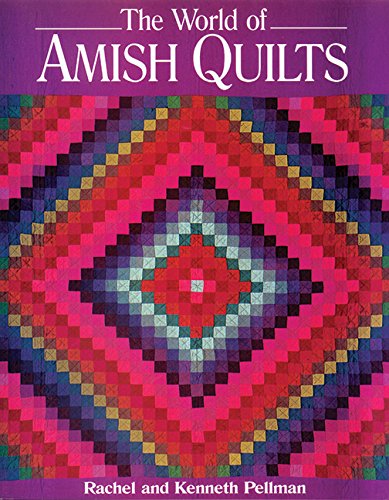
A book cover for World of Amish Quilts; Rachel T. Pellman; Christian Books & Bibles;